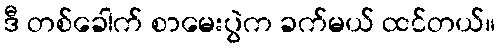
ဒီ တစ်ခေါက် စာမေးပွဲက ခက်မယ် ထင်တယ်။